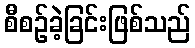
စီစဉ်ခဲ့ခြင်းဖြစ်သည်